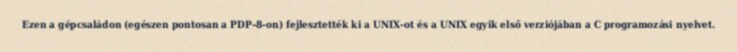
Ezen a gépcsaládon (egészen pontosan a PDP–8-on) fejlesztették ki a UNIX-ot és a UNIX egyik első verziójában a C programozási nyelvet.